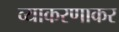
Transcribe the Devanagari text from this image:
व्याकरणाकर